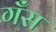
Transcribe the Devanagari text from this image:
गँस